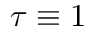
\tau \equiv 1